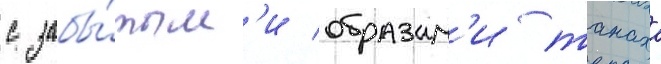
с забы́тым'и образам'и танаха